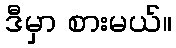
ဒီမှာ စားမယ်။